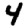
Digit: 4